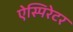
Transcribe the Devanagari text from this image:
ऐस्पिरेटर